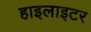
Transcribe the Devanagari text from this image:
हाइलाइटर